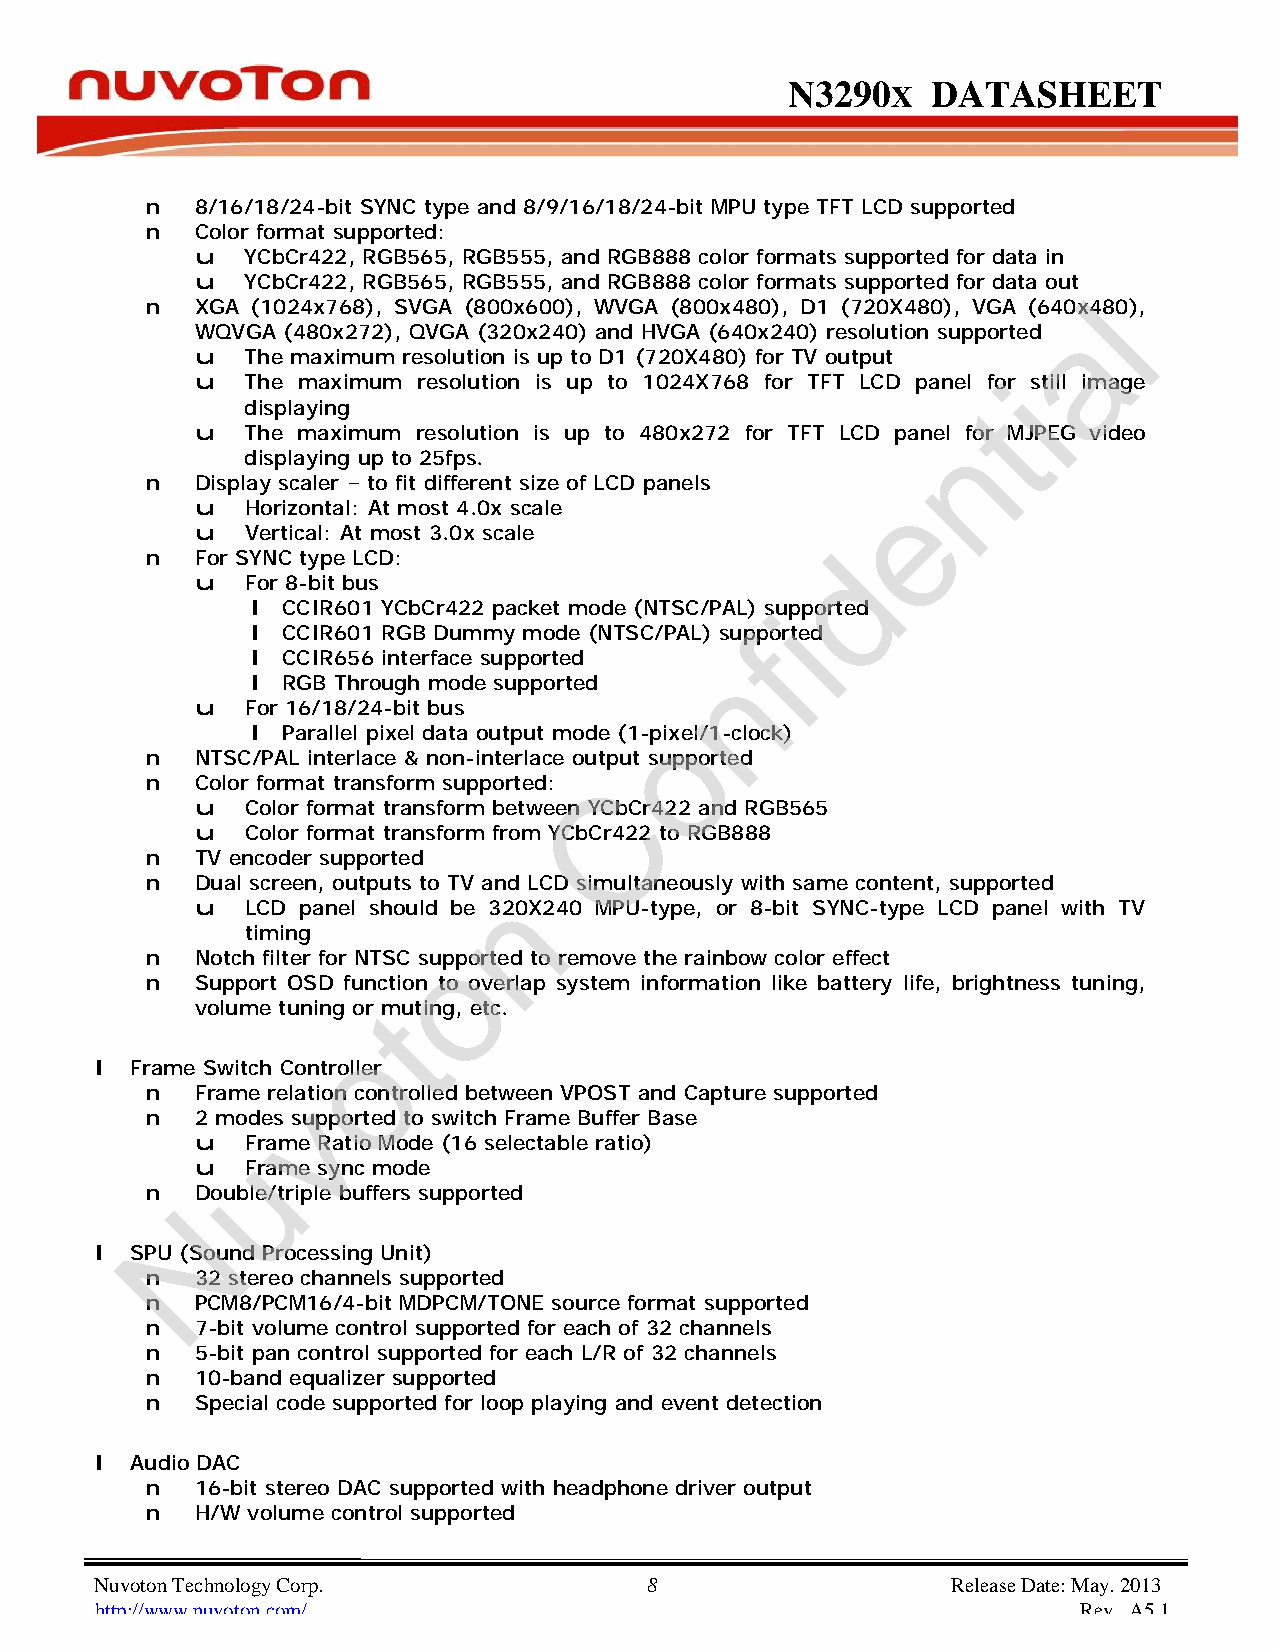
N3290      X DATASHEET
 n  8/16/18/24-bit SYNC type and 8/9/16/18/24-bit MPU type TFT LCD supported
 n  Color format supported:
 u  YCbCr422, RGB565, RGB555, and RGB888 color formats supported for data in
 u  YCbCr422, RGB565, RGB555, and RGB888 color formats supported for data out
 l
 n  XGA (1024x768), SVGA (800x600), WVGA (800x480), D1 (720X480), VGA (640x480),
 a
 WQVGA (480x272), QVGA (320x240) and HVGA (640x240) resolution supported
 u  The maximum resolution is up to D1 (720X480) for TV output
 u  The maximum resolution is up to 1024X768 for TFT LCD panel for still imiage
 t
 displaying
 u  The maximum resolution is up to 480x272 for TFT LCD panel for MJnPEG video
 displaying up to 25fps.
 n  Display scaler – to fit different size of LCD panels
 e
 u  Horizontal: At most 4.0x scale
 u  Vertical: At most 3.0x scale
 d
 n  For SYNC type LCD:
 u  For 8-bit bus
 l CCIR601 YCbCr422 packet mode (NTSC/PAL) siupported
 l CCIR601 RGB Dummy mode (NTSC/PAL) supfported
 l CCIR656 interface supported n
 l RGB Through mode supported
 u  For 16/18/24-bit bus
 o
 l Parallel pixel data output mode (1-pixel/1-clock)
 n  NTSC/PAL interlace & non-interlace output supported
 n  Color format transform supported: C
 u  Color format transform between YCbCr422 and RGB565
 u  Color format transform from YCbCr422 to RGB888
 n  TV encoder supported
 n  Dual screen, outputs to TV annd LCD simultaneously with same content, supported
 u  LCD panel should be 320X240 MPU-type, or 8-bit SYNC-type LCD panel with TV
 timing
 o
 n  Notch filter for NTSC supported to remove the rainbow color effect
 n  Support OSD function to overlap system information like battery life, brightness tuning,
 volume tuning or tmuting, etc.
 o
 l  Frame Switch Controller
 n  Frame revlation controlled between VPOST and Capture supported
 n  2 modes supported to switch Frame Buffer Base
 u uFrame Ratio Mode (16 selectable ratio)
 u  Frame sync mode
 n  Double/triple buffers supported
 N
 l  SPU (Sound Processing Unit)
 n  32 stereo channels supported
 n  PCM8/PCM16/4-bit MDPCM/TONE source format supported
 n  7-bit volume control supported for each of 32 channels
 n  5-bit pan control supported for each L/R of 32 channels
 n  10-band equalizer supported
 n  Special code supported for loop playing and event detection
 l  Audio DAC
 n  16-bit stereo DAC supported with headphone driver output
 n  H/W volume control supported
 Nuvoton Technology Corp. 8                               Release Date: May. 2013
 http://www.nuvoton.com/                                           Rev. A5.1